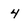
Character: 4